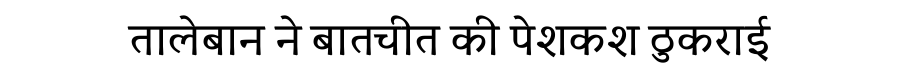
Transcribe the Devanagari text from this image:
तालेबान ने बातचीत की पेशकश ठुकराई